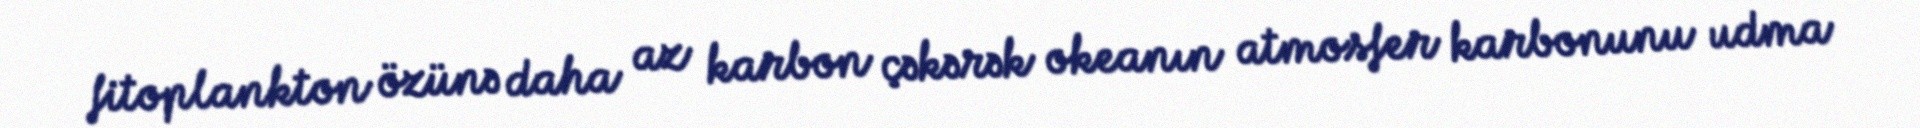
fitoplankton özünə daha az karbon çəkərək okeanın atmosfer karbonunu udma